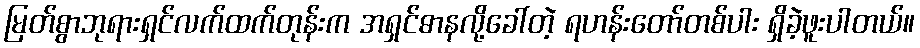
မြတ်စွာဘုရားရှင်လက်ထက်တုန်းက အရှင်ဓာနလို့ခေါ်တဲ့ ရဟန်းတော်တစ်ပါး ရှိခဲ့ဖူးပါတယ်။